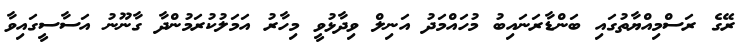
ރޭގެ ރަސްމިއްޔާތުގައި ބަންޑާރަނައިބު މުހައްމަދު އަނިލް ވިދާޅުވީ މިހާރު އަމަލުކުރަމުންދާ ގާނޫނު އަސާސީގައިވާ